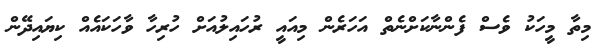
މިތާ މީހަކު ވެސް ފެންނާކަށްނެތް އަހަރެން މިއައީ ރުހައިލުއަށް ހުރިހާ ވާހަކައެއް ކިޔައިދޭން